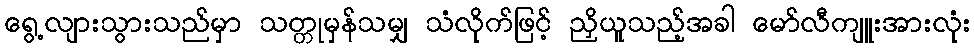
ရွေ့လျားသွားသည်မှာ သတ္တုမှန်သမျှ သံလိုက်ဖြင့် ညှိယူသည့်အခါ မော်လီကျူးအားလုံး